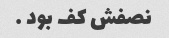
نصفش کف بود …